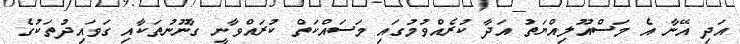
އަދި އޭނާ އެ މަސްއޫލިއްޔަތު އަދާ ކުރެއްވުމުގައި މަސައްކަތް ކުރައްވާނީ ގާނޫނުތަކާއި ގަވައިދުތަކުގެ